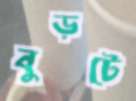
বুড়টে